Civil Veterinary Dept. Bombay admin report 1907-1913 - 1907-1913
Year: 1907
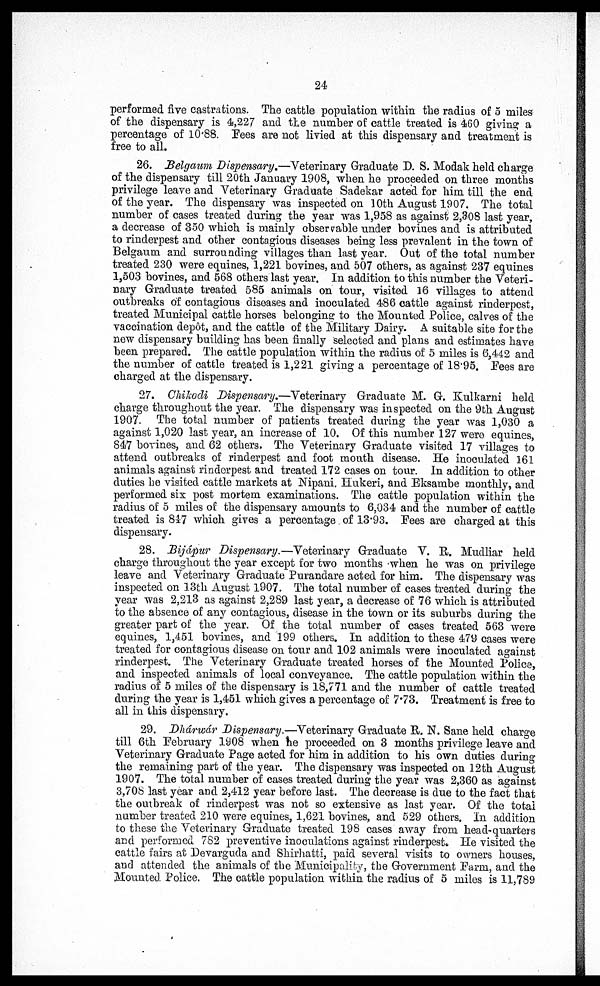
24
performed five castrations. The cattle population within the radius of 5 miles
of the dispensary is 4,22.7 and the number of cattle treated is 460 giving a
percentage of 1088. Pees are not livied at this dispensary and treatment is
free to all.
26. Belgaum Dispensary.—Veterinary Graduate D. S. Modak held charge
of the dispensary till 20th January 1908, when he proceeded on three months
privilege leave and Veterinary Graduate Sadekar acted for him till the end
of the year. The dispensary was inspected on 10th August 1907. The total
number of cases treated during the year was 1,958 as against 2,308 last year,
a decrease of 350 which is mainly observable under bovines and is attributed
to rinderpest and other contagious diseases being less prevalent in the town of
Belgaum and surrounding villages than last year. Out of the total number
treated 230 were equines, 1,221 bovines, and 507 others, as against 237 equines
1,503 bovines, and 568 others last year. In addition to this number the Veteri-
nary Graduate treated 585 animals on tour, visited 16 villages to attend
outbreaks of contagious diseases and inoculated 486 cattle against rinderpest,
treated Municipal cattle horses belonging to the Mounted Police, calves of the
vaccination depot, and the cattle of the Military Dairy. A suitable site for the
new dispensary building has been finally selected and plans and estimates have
been prepared. The cattle population within the radius of 5 miles is 6,442 and
the number of cattle treated is 1,221 giving a percentage of 18.95. Pees are
charged at the dispensary.
27. Chikodi Dispensary.—Veterinary Graduate M. G. Kulkarni held
charge throughout the year. The dispensary was inspected on the 9th August
1907. The total number of patients treated during the year was 1,030 a
against 1,020 last year, an increase of 10. Of this number 127 were equines,
847 bovines, and 62 others. The Veterinary Graduate visited 17 villages to
attend outbreaks of rinderpest and foot mouth disease. He inoculated 161
animals against rinderpest and treated 172 cases on tour. In addition to other
duties he visited cattle markets at Nipani, Hukeri, and Eksambe monthly, and
performed six post mortem examinations. The cattle population within the
radius of 5 miles of the dispensary amounts to 6,034 and the number of cattle
treated is 847 which gives a percentage of 13.93. Pees are charged at this
dispensary.
28. Bijápur Dispensary.—Veterinary Graduate V. R. Mudliar held
charge throughout the year except for two months when he was on privilege
leave and Veterinary Graduate Purandare acted for him. The dispensary was
inspected on 13th August 1907. The total number of cases treated during the
year was 2,213 as against 2,289 last year, a decrease of 76 which is attributed
to the absence of any contagious, disease in the town or its suburbs during the
greater part of the year. Of the total number of cases treated 563 were
equines, 1,451 bovines, and 199 others. In addition to these 479 cases were
treated for contagious disease on tour and 102 animals were inoculated against
rinderpest. The Veterinary Graduate treated horses of the Mounted Police,
and inspected animals of local conveyance. The cattle population within the
radius of 5 miles of the dispensary is 18,771 and the number of cattle treated
during the year is 1,451 which gives a percentage of 7.73. Treatment is free to
all in this dispensary.
29. Dhárwár Dispensary.—Veterinary Graduate R. N. Sane held charge
till 6th February 1908 when he proceeded on 3 months privilege leave and
Veterinary Graduate Page acted for him in addition to his own duties during
the remaining part of the year. The dispensary was inspected on 12th August
1907. The total number of cases treated during the year was 2,360 as against
3,708 last year and 2,412 year before last. The decrease is due to the fact that
the outbreak of rinderpest was not so extensive as last year. Of the total
number treated 210 were equines, 1,621 bovines, and 529 others. In addition
to these the Veterinary Graduate treated 198 cases away from head-quarters
and performed 782 preventive inoculations against rinderpest. He visited the
cattle fairs at Devarguda and Shirhatti, paid several visits to owners houses,
and attended the animals of the Municipality, the Government Farm, and the
Mounted Police. The cattle population within the radius of 5 miles is 11,789